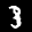
Label: 3